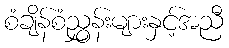
စံချိန်စံညွှန်းများနှင့်အညီ